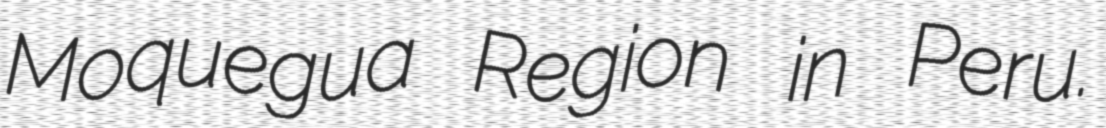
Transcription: Moquegua Region in Peru.